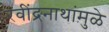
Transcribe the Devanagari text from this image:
रवींद्रनाथांमुळे